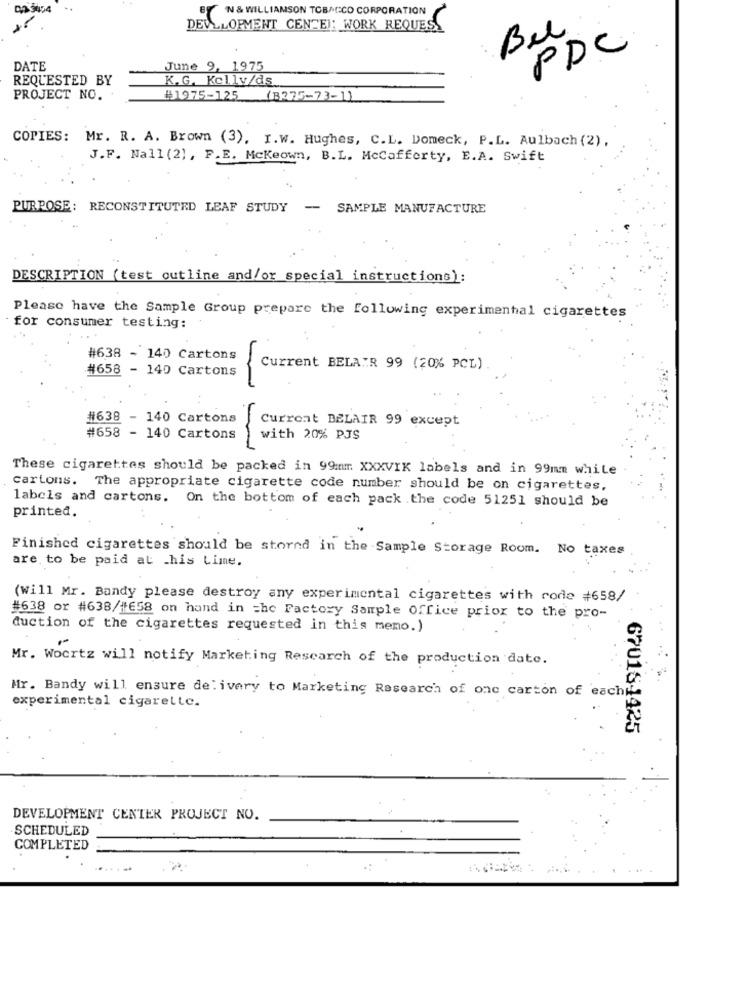
DA 3454
..
BY N& WILLIAMSON TOBACCO CORPORATION
DEVELOPMENT CENTER: WORK REQUES
Bel
PDC
DATE
June 9, 1975
REQUESTED BY
K. G. Kelly/ds.
PROJECT NO.
#1975-125 (B275-73-1)
COPIES: Mr. R. A. Brown (3), I.w. Hughes, C.L. Domeck, P.L. Aulbach (2),
J.F. Nall (2), F.E. Mckeown, B.L. McCafferty, E.A. Swift
PURPOSE: RECONSTITUTED LEAF STUDY
-
SAMPLE MANUFACTURE
DESCRIPTION (test outline and/or special instructions):
Please have the Sample Group prepare the following experimental cigarettes
for consumer testing:
#638 - 140 Cartons
#658 - 140 Cartons
Current BELAIR 99 (20% PCL)
#638 - 140 Cartons
Current BELAIR 99 except
#658 - 140 Cartons
with 20% PJS
-
These cigarettes should be packed in 99mm XXXVIK labels and in 99mm white
cartons. The appropriate cigarette code number should be on cigarettes.
labels and cartons. On the bottom of each pack .the code 51251 should be
printed.
Finished cigarettes should be stored in the Sample Storage Room. No taxes
are to be paid at _his Lime.
(Will Mr. Bandy please destroy any experimental cigarettes with rode #658/
#638 or #638/#658 on hand in the Factory Sample Office prior to the pro-
duction of the cigarettes requested in this memo.)
Mr. Woertz will notify Marketing Research of the production date.
Mr. Bandy will ensure delivery to Marketing Research of one carton of eachw
experimental cigarette.
670184425
DEVELOPMENT CENTER PROJECT NO.
SCHEDULED
COMPLETED